Report of the veterinary officer investigating camel disease
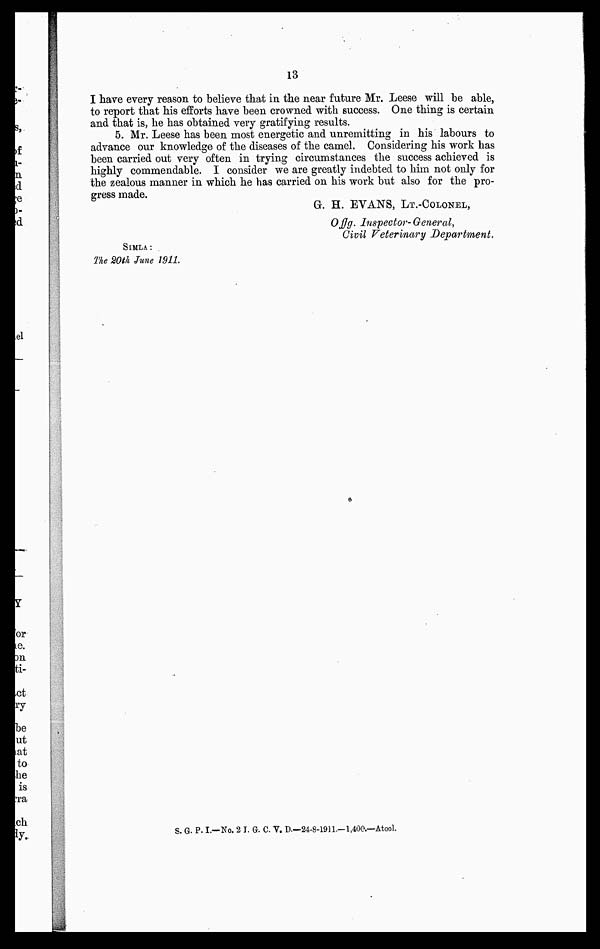
13
I have every reason to believe that in the near future Mr. Leese will be able,
to report that his efforts have been crowned with success. One thing is certain
and that is, he has obtained very gratifying results.
5. Mr. Leese has been most energetic and unremitting in his labours to
advance our knowledge of the diseases of the camel. Considering his work has
been carried out very often in trying circumstances the success achieved is
highly commendable. I consider we are greatly indebted to him not only for
the zealous manner in which he has carried on his work but also for the pro-
gress made.
G. H. EVANS, LT.-COLONEL,
Offg. Inspector-General,
Civil Veterinary Department.
SIMLA :
The 20th June 1911.
S. G. P. I.—No. 2 I. G. C. V. D—24-8-1911.—1,400.—Atool.